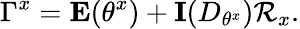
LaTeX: \Gamma^{x}=\mathbf{E}(\theta^{x})+\mathbf{I}(D_{\theta^{x}})\mathcal{R}_{x}.